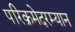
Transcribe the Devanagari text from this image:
परिक्रमेदरम्यान